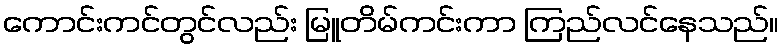
ကောင်းကင်တွင်လည်း မြူတိမ်ကင်းကာ ကြည်လင်နေသည်။